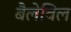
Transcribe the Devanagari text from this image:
बैलेविल